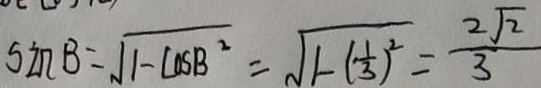
\sin B = \sqrt { 1 - \cos B ^ { 2 } } = \sqrt { 1 - ( \frac { 1 } { 3 } ) ^ { 2 } } = \frac { 2 \sqrt { 2 } } { 3 }